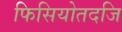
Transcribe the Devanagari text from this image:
फिसियोतदजि